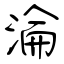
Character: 淪